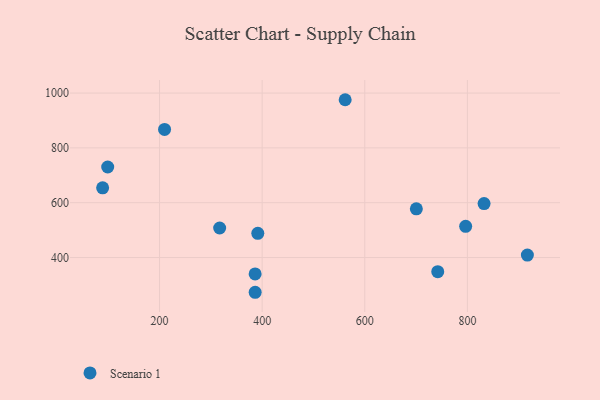
{"axis": {"x": "Price", "y": "Sales"}, "legend": ["Scenario 1"], "data": [{"x": "742.2", "y": 348.3, "type": "Scenario 1"}, {"x": "916.9", "y": 408.8, "type": "Scenario 1"}, {"x": "561.8", "y": 975.7, "type": "Scenario 1"}, {"x": "386.4", "y": 273.2, "type": "Scenario 1"}, {"x": "89.1", "y": 654.1, "type": "Scenario 1"}, {"x": "317.2", "y": 507.7, "type": "Scenario 1"}, {"x": "386.3", "y": 340.0, "type": "Scenario 1"}, {"x": "99.0", "y": 730.2, "type": "Scenario 1"}, {"x": "209.8", "y": 867.5, "type": "Scenario 1"}, {"x": "391.5", "y": 488.2, "type": "Scenario 1"}, {"x": "796.6", "y": 513.7, "type": "Scenario 1"}, {"x": "832.5", "y": 596.9, "type": "Scenario 1"}, {"x": "700.5", "y": 577.7, "type": "Scenario 1"}]}